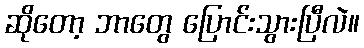
ဆိုတော့ ဘာတွေ ပြောင်းသွားပြီလဲ။